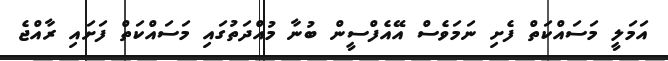
އަމަލީ މަސައްކަތް ފެށި ނަމަވެސް އޭއެފްސީން ބުނާ މުއްދަތުގައި މަސައްކަތް ފަށައި ރާއްޖެ